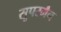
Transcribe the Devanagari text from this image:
सूपरमैन